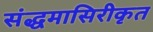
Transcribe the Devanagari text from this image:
संद्धमासिरीकृत